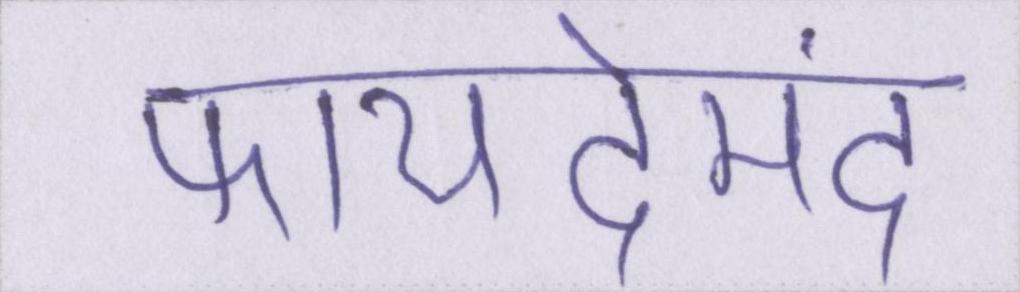
फायदेमंद